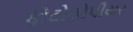
ફોટોકોપીયર